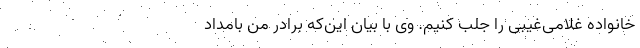
خانواده غلامی‌غیبی را جلب کنیم. وی با بیان این‌که برادر من بامداد